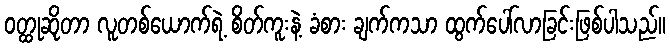
ဝတ္ထုဆိုတာ လူတစ်ယောက်ရဲ့ စိတ်ကူးနဲ့ ခံစား ချက်ကသာ ထွက်ပေါ်လာခြင်းဖြစ်ပါသည်။